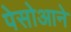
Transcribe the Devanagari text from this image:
पेसोआने